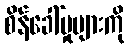
စိန်ခေါ်မှုများကို